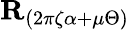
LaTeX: {\textbf{R}}_{(2\pi\zeta\alpha+\mu\Theta)}